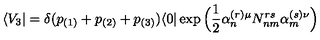
\langle V _ { 3 } \vert = \delta ( p _ { ( 1 ) } + p _ { ( 2 ) } + p _ { ( 3 ) } ) \langle 0 \vert \exp \Big ( \frac { 1 } { 2 } \alpha _ { n } ^ { ( r ) \mu } N _ { n m } ^ { r s } \alpha _ { m } ^ { ( s ) \nu } \Big )